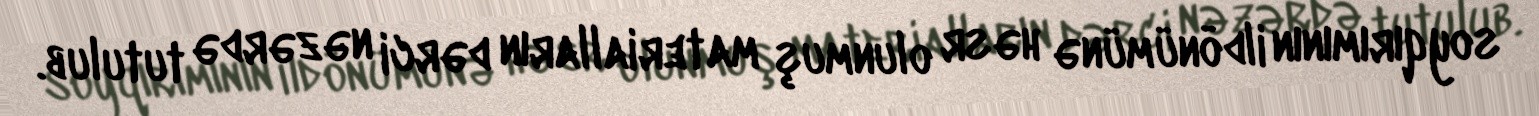
soyqırımının ildönümünə həsr olunmuş materialların dərci nəzərdə tutulub.